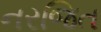
નરજિત